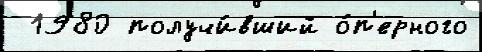
 1980 получи́вший о́п'ерного